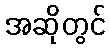
အဆိုတွင်